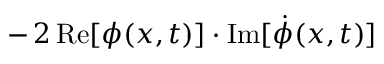
- \, 2 \, \mathrm { R e } [ \phi ( x , t ) ] \cdot \mathrm { I m } [ \dot { \phi } ( x , t ) ]